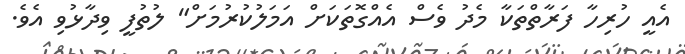
އެއީ ހުރިހާ ފަރާތްތަކާ މެދު ވެސް އެއްގޮތަކަށް އަމަލުކުރުމަށް" ލުތުފީ ވިދާޅުވި އެވެ.